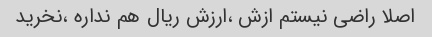
اصلا راضی نیستم ازش ،ارزش ریال هم نداره ،نخرید